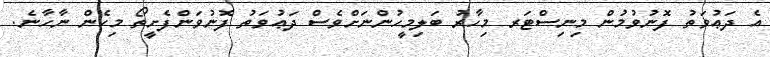
އެ ދަޢުވަތު ފޮނުވުމުން މިނިސްޓަރ މިހާރު ބަލިމީހުންނަށްވެސް ދަޢުވަތު ފޮނުވަންފެށީތޯ މިހެން ނާހާނެ.